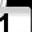
Digit: 1